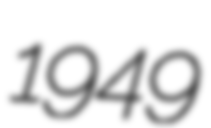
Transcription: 1949